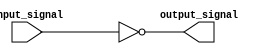
module inverting_buffer(
    input wire input_signal,
    output reg output_signal
);
  
  // Implementing a NOT gate to invert the input signal
  always @(input_signal)
    begin
      output_signal <= !input_signal;
    end
  
endmodule